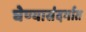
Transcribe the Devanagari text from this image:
घेण्यासंदर्भात